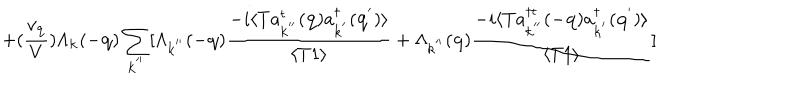
+ ( \frac { v _ { { \bf { q } } } } { V } ) \Lambda _ { { \bf { k } } } ( - { \bf { q } } ) \sum _ { { \bf { k } } ^ { ' ^ { \prime } } } [ \Lambda _ { { \bf { k } } ^ { ' ^ { \prime } } } ( - { \bf { q } } ) \frac { - i \langle T a _ { { \bf { k } } ^ { ' ^ { \prime } } } ^ { t } ( { \bf { q } } ) a _ { { \bf { k } } ^ { ' } } ^ { \dagger } ( { \bf { q } } ^ { ' } ) \rangle } { \langle T 1 \rangle } + \Lambda _ { { \bf { k } } ^ { ' ^ { \prime } } } ( { \bf { q } } ) \frac { - i \langle T a _ { { \bf { k } } ^ { ' ^ { \prime } } } ^ { \dagger t } ( - { \bf { q } } ) a _ { { \bf { k } } ^ { ' } } ^ { \dagger } ( { \bf { q } } ^ { ' } ) \rangle } { \langle T 1 \rangle } ]